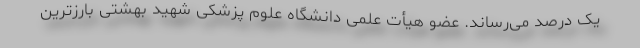
یک درصد می‌رساند. عضو هیأت علمی دانشگاه علوم پزشکی شهید بهشتی بارزترین